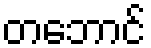
တဘောင်